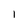
Character: 1